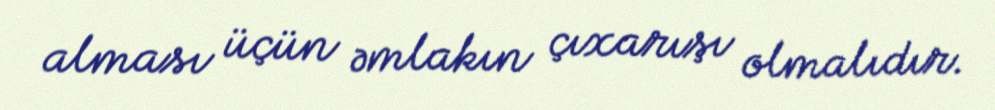
alması üçün əmlakın çıxarışı olmalıdır.